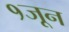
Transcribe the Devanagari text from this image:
१जून